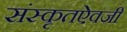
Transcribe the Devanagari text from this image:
संस्कृतऐवजी